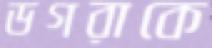
ডগরাকে